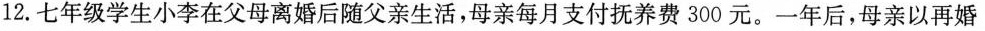
12.七年级学生小李在父母离婚后随父亲生活，母亲每月支付抚养费300元。一年后，母亲以再婚